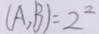
( A , B ) = 2 ^ { 2 }